65_HS1-834228961_62-HQ-83894_SUB_A
Agency: FBI
Page 28
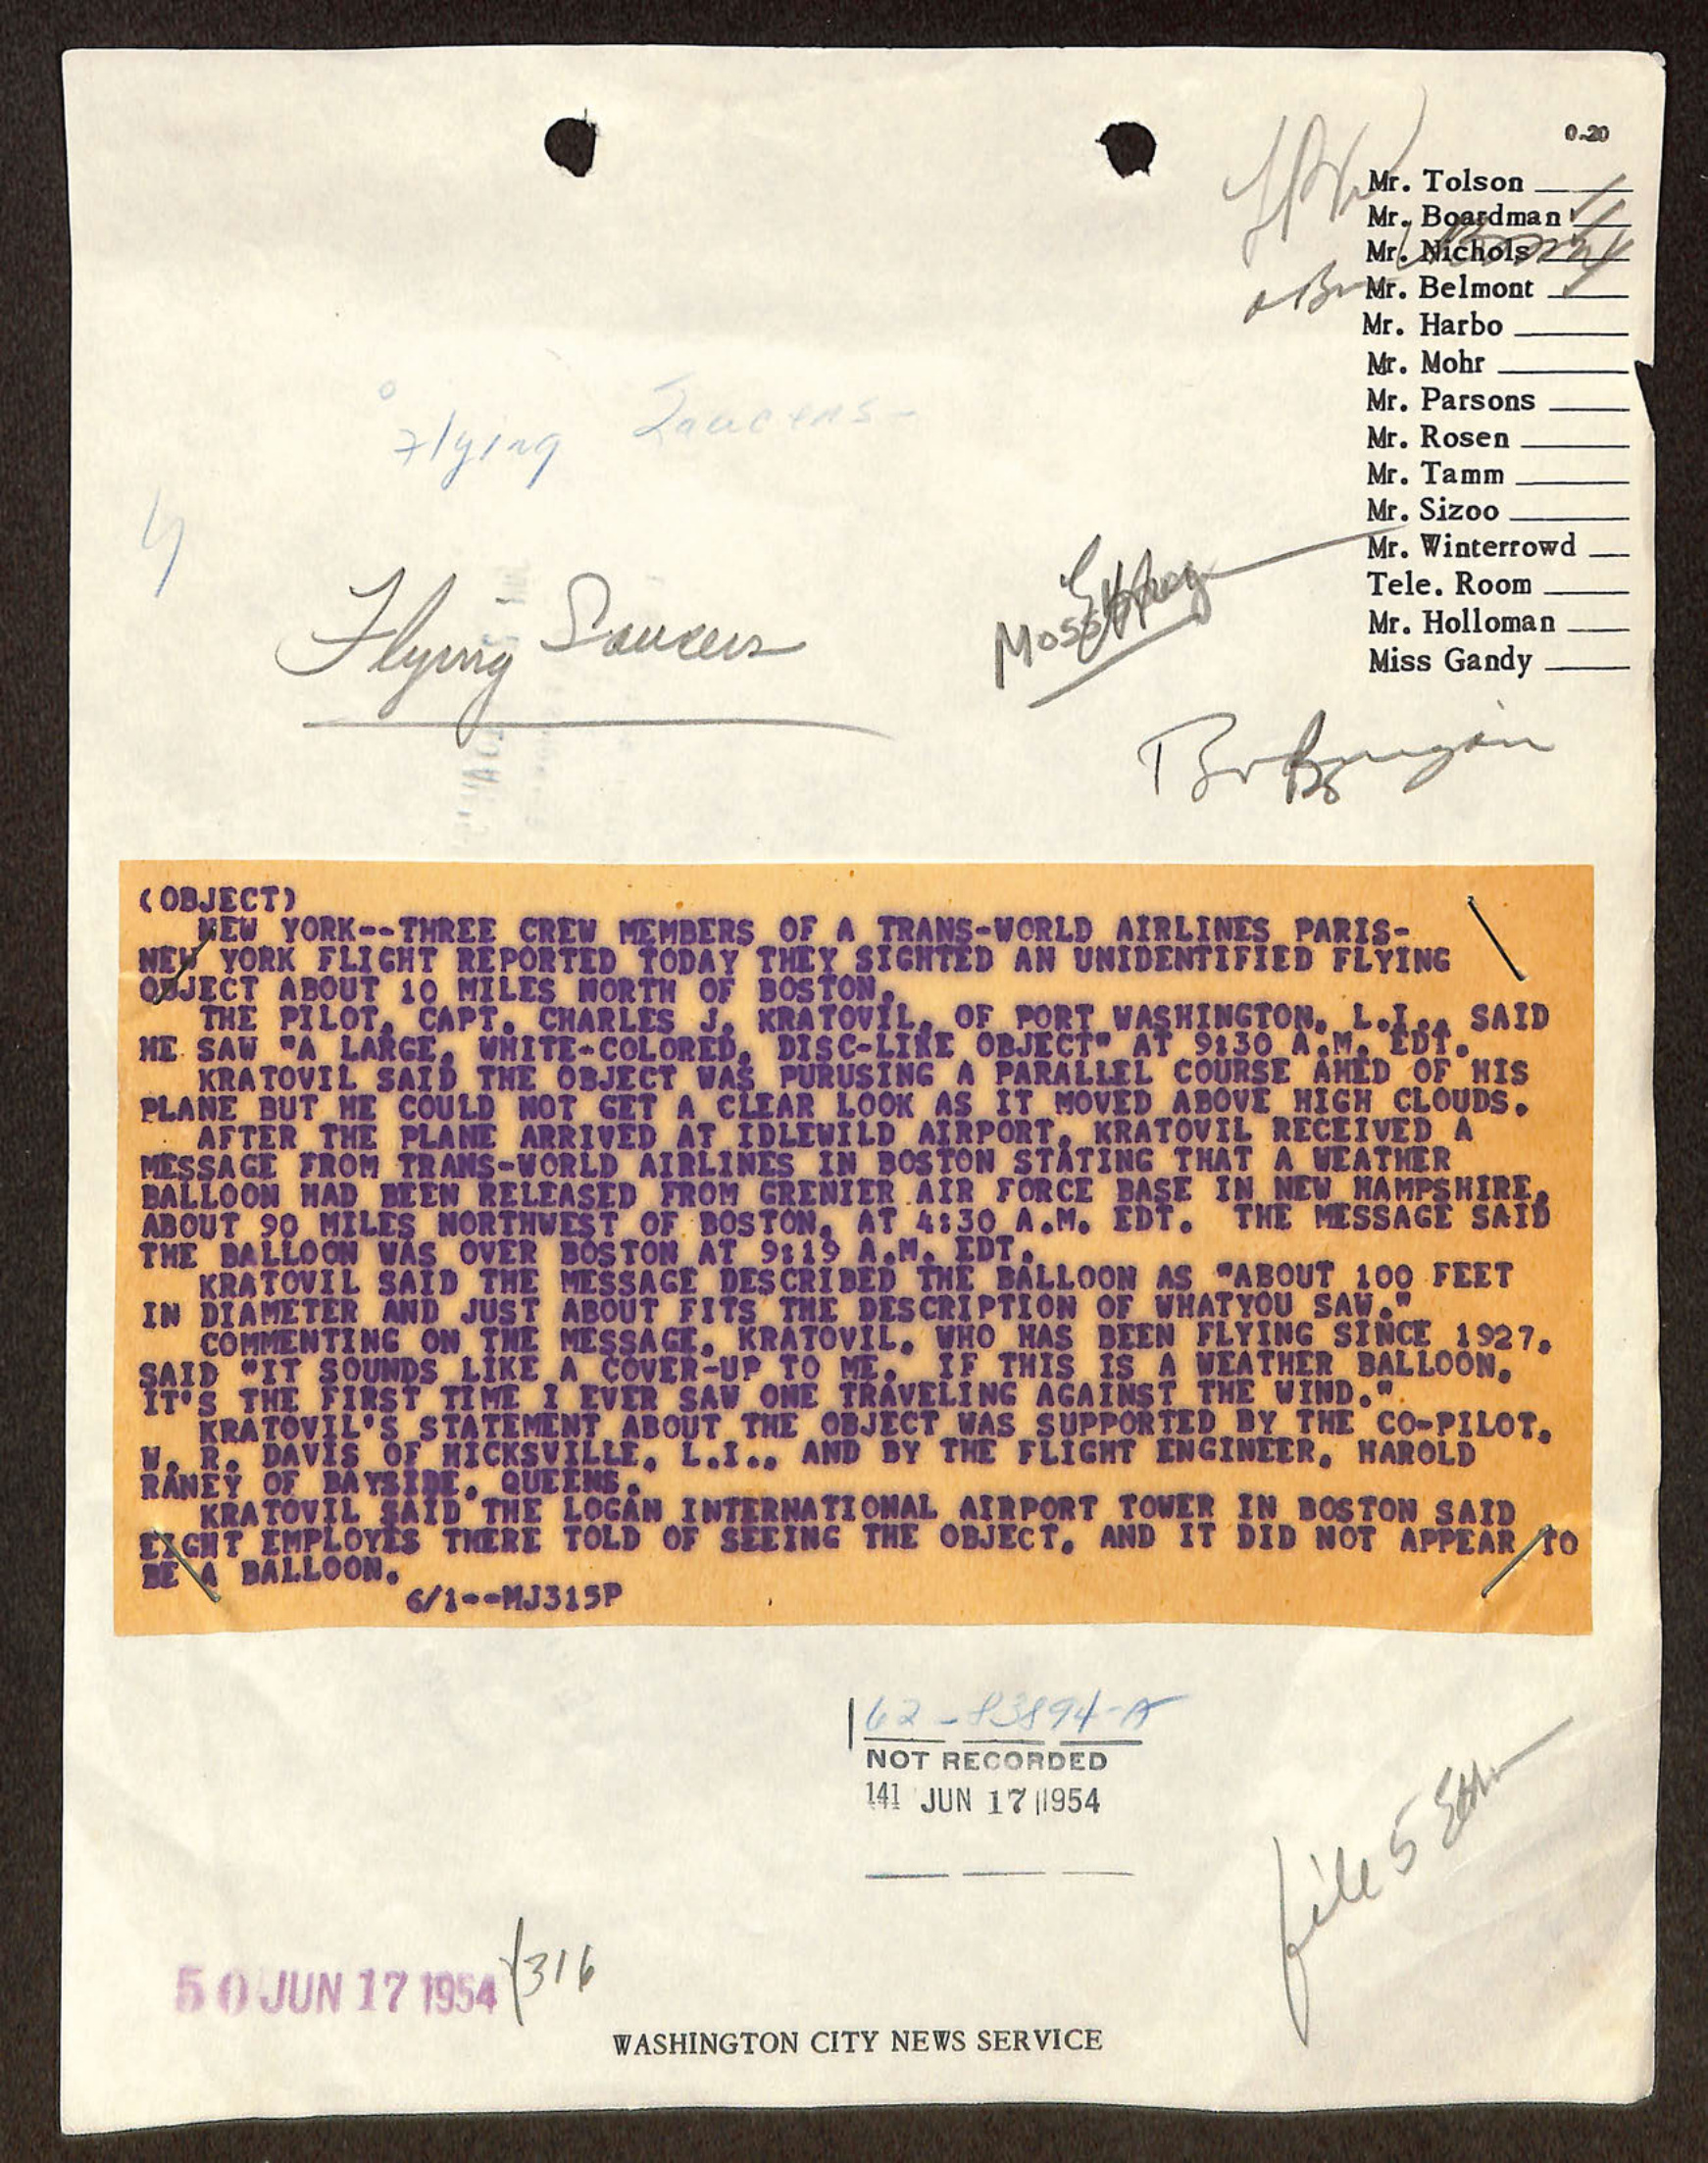